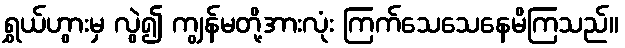
ရွှယ်ဟွားမှ လွဲ၍ ကျွန်မတို့အားလုံး ကြက်သေသေနေမိကြသည်။